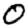
Digit: 0